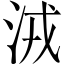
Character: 𣴛